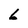
Character: h